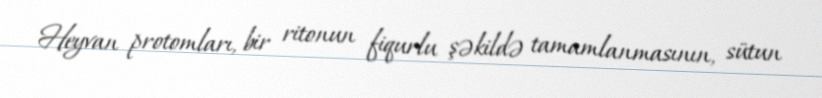
Heyvan protomları, bir ritonun fiqurlu şəkildə tamamlanmasının, sütun